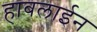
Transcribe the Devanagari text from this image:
हाबलाईन